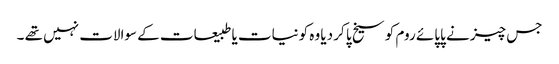
جس چیز نے پاپائے روم کو سیخ پا کر دیا وہ کونیات یا طبیعات کے سوالات نہیں تھے ۔